Notes on vaccination in the North-West Frontier Province 1923-1928 - 1923-1928
Year: 1923
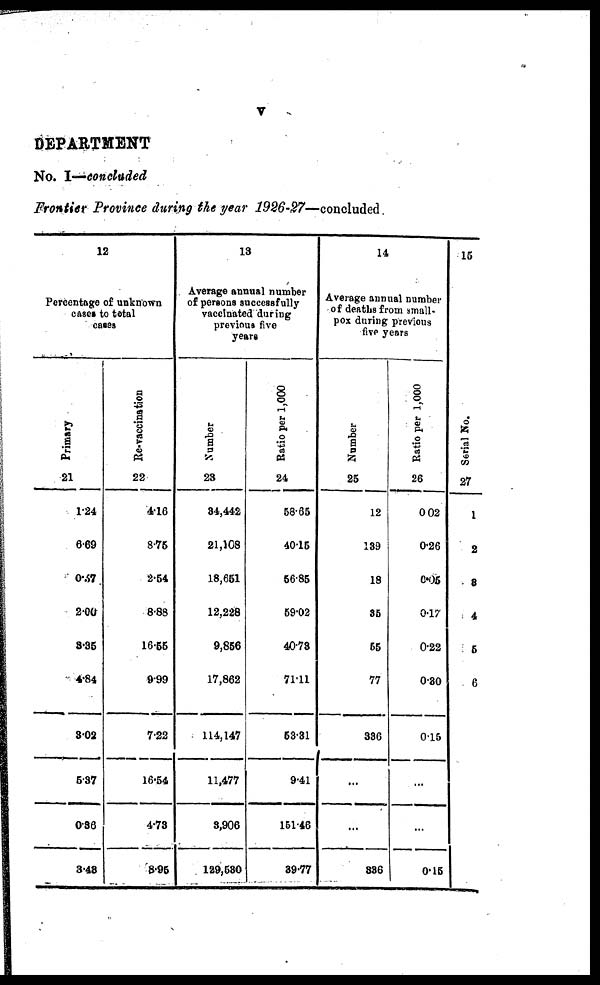
v
DEPARTMENT
No. I—concluded
Frontier Province during the year 1926-27—concluded.
12
Percentage of unknown
cases to total
cases
Primary
21
1.24
6.69
0.37
2.00
3.35
4.84
3.02
5.37
0.36
3.43
Re-vaccination
22
4.16
8.75
2.54
8.88
16.55
9.99
7.22
16.54
4.73
8.95
13
Average annual number
of persons successfully
vaccinated during
previous five
years
Number
23
34,442
21,108
18,651
12,228
9,856
17,862
114,147
11,477
3,906
129,530
Ratio per 1,000
24
58.65
40.15
56.85
59.02
40.73
71.11
53.31
9.41
151.46
39.77
14
Average annual number
of deaths from small-
pox during previous
five years
Number
25
12
139
18
35
55
77
336
...
...
336
Ratio per 1,000
26
0.02
0.26
0.05
0.17
0.22
0.30
0.15
...
...
0.15
15
Serial No.
27
1
2
3
4
5
6